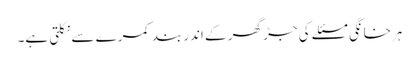
ہرخانگی مسئلے کی جڑ گھر کے اندر بند کمرے سے نکلتی ہے۔